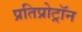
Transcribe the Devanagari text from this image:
प्रतिप्रोट्रॉन